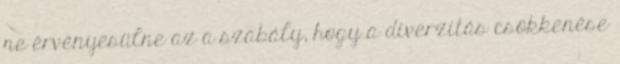
ne érvényesülne az a szabály, hogy a diverzitás csökkenése